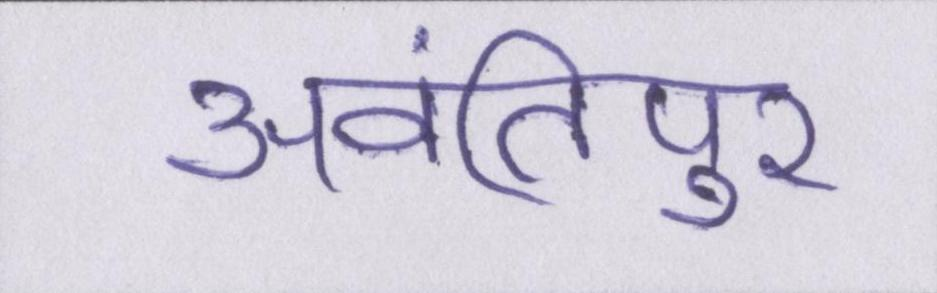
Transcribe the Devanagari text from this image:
अवंतिपुर